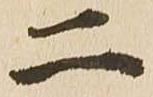
二